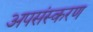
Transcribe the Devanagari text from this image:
अपसंस्करण